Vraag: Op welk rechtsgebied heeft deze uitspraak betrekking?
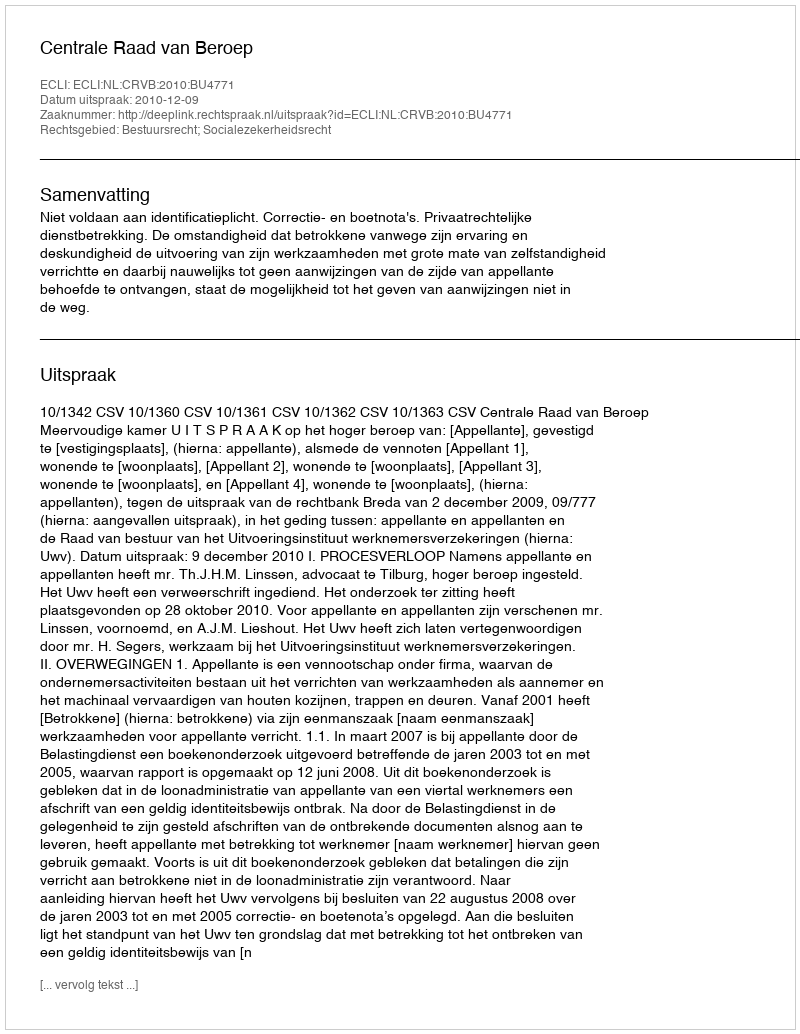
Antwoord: Bestuursrecht; Socialezekerheidsrecht